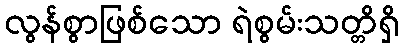
လွန်စွာဖြစ်သော ရဲစွမ်းသတ္တိရှိ